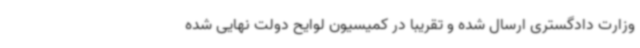
وزارت دادگستری ارسال شده و تقریبا در کمیسیون لوایح دولت نهایی شده